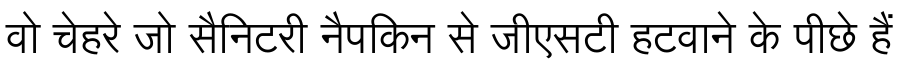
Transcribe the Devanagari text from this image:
वो चेहरे जो सैनिटरी नैपकिन से जीएसटी हटवाने के पीछे हैं